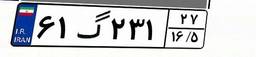
۶۱گ۲۳۱۲۷